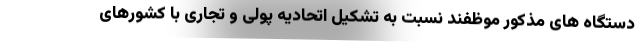
دستگاه های مذکور موظفند نسبت به تشکیل اتحادیه پولی و تجاری با کشورهای